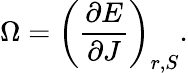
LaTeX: \Omega=\left(\frac{\partial E}{\partial J}\right)_{r,S}.